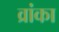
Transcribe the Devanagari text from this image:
व्रांका